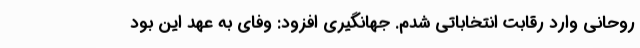
روحانی وارد رقابت انتخاباتی شدم. جهانگیری افزود: وفای به عهد این بود